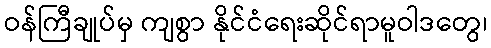
ဝန်ကြီချုပ်မှ ကျစွာ နိုင်ငံရေးဆိုင်ရာမူဝါဒတွေ၊